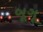
બૂગૂ